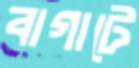
বাগাটে